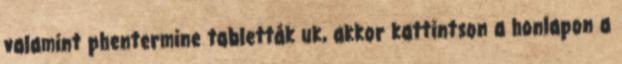
valamint phentermine tabletták uk, akkor kattintson a honlapon a